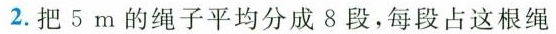
2.把5m的绳子平均分成8段，每段占这根绳